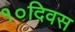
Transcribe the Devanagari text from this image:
१०दिवस